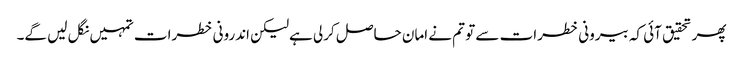
پھر تحقیق آئی کہ بیرونی خطرات سے تو تم نے امان حاصل کرلی ہےلیکن اندرونی خطرات تمہیں نگل لیں گے۔